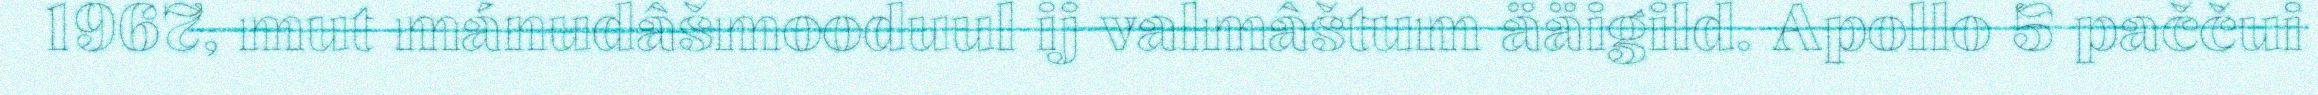
1967, mut mánudâšmooduul ij valmâštum ääigild. Apollo 5 paččui